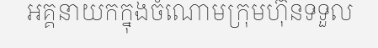
អគ្គនាយកក្នុងចំណោមក្រុមហ៊ុនទទួល